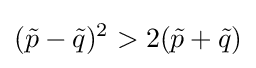
({\tilde {p}}-{\tilde {q}})^{2}>2({\tilde {p}}+{\tilde {q}})